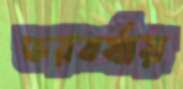
ভরবর্ষায়